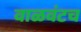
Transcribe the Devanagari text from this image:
वाळवंटच